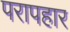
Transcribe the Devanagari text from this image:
परापहार